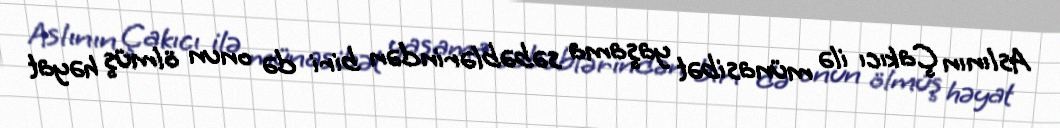
Aslının Çakıcı ilə münasibət yaşama səbəblərindən biri də onun ölmüş həyat